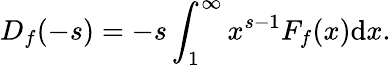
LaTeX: D_{f}(-s)=-s\int_{1}^{\infty}x^{s-1}F_{f}(x)\mathrm{d}x.